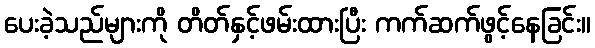
ပေးခဲ့သည်များကို တိတ်နှင့်ဖမ်းထားပြီး ကက်ဆက်ဖွင့်နေခြင်း။